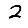
Digit: 2